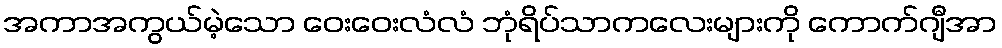
အကာအကွယ်မဲ့သော ဝေးဝေးလံလံ ဘုံရိပ်သာကလေးများကို ကောက်ဂျီအာ